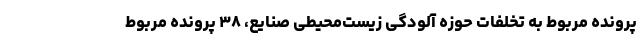
پرونده مربوط به تخلفات حوزه آلودگی زیست‌محیطی صنایع، ۳۸ پرونده مربوط